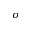
\sigma